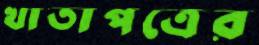
খাতাপত্রের